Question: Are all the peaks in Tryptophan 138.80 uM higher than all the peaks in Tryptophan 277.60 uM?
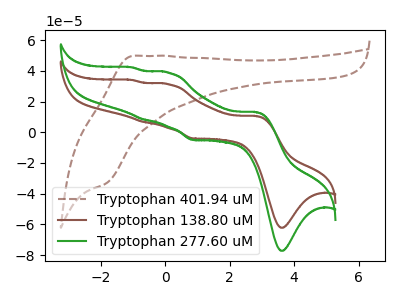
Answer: <think>The brown dashed curve "Tryptophan 401.94 uM" has an anodic peak at (-1.00V, 49.85uA) and a cathodic peak at (-1.85V, -33.35uA). The brown curve "Tryptophan 138.80 uM" has anodic peaks at (2.85V, 10.60uA) (0.10V, 31.25uA) (-0.70V, 6.75uA) (-1.00V, 34.05uA) and cathodic peaks at (3.60V, -62.20uA) (0.85V, -4.05uA). The green curve "Tryptophan 277.60 uM" has anodic peaks at (2.85V, 13.15uA) (0.10V, 38.75uA) (-0.70V, 8.40uA) (-1.00V, 42.30uA) and cathodic peaks at (3.60V, -77.20uA) (0.85V, -5.05uA).</think>
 <answer>Every peak in "Tryptophan 138.80 uM" is lower than every peak in "Tryptophan 277.60 uM".</answer>
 <eval>lower</eval>